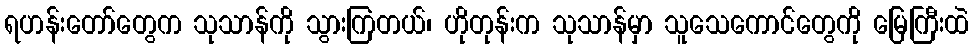
ရဟန်းတော်တွေက သုသာန်ကို သွားကြတယ်၊ ဟိုတုန်းက သုသာန်မှာ သူသေကောင်တွေကို မြေကြီးထဲ